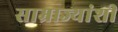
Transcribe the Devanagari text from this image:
साम्राज्यांशी